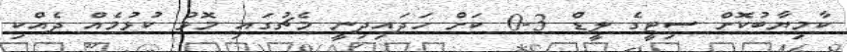
ކާމިޔާބުކޮށް ސިޓީގެ ލީޑް 3-0 ކަށް ހަދައިދިނީ މެޗުގައި މޮޅު ކުޅުމެއް ދެއްކި